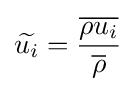
{\widetilde {u_{i}}}={\frac {\overline {\rho u_{i}}}{\overline {\rho }}}